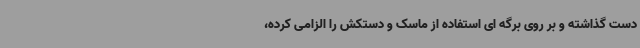
دست گذاشته و بر روی برگه ای استفاده از ماسک و دستکش را الزامی کرده،